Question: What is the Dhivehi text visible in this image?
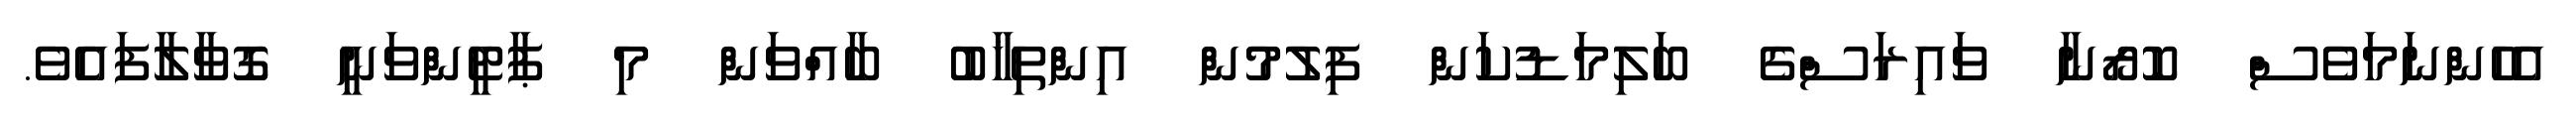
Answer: އެހެންނަމަވެސް ކޮރޯނާ ވައިރަސްގެ ބަލިމަޑުކަން ފިލުމުން އިންތިޚާބު ބާއްވަން މި ޕާޓީންވަނީ ގޮވާލާފައެވެ.